Senior Leaving Certificate Examination (including Day School Certificate (Higher) General paper), 1947
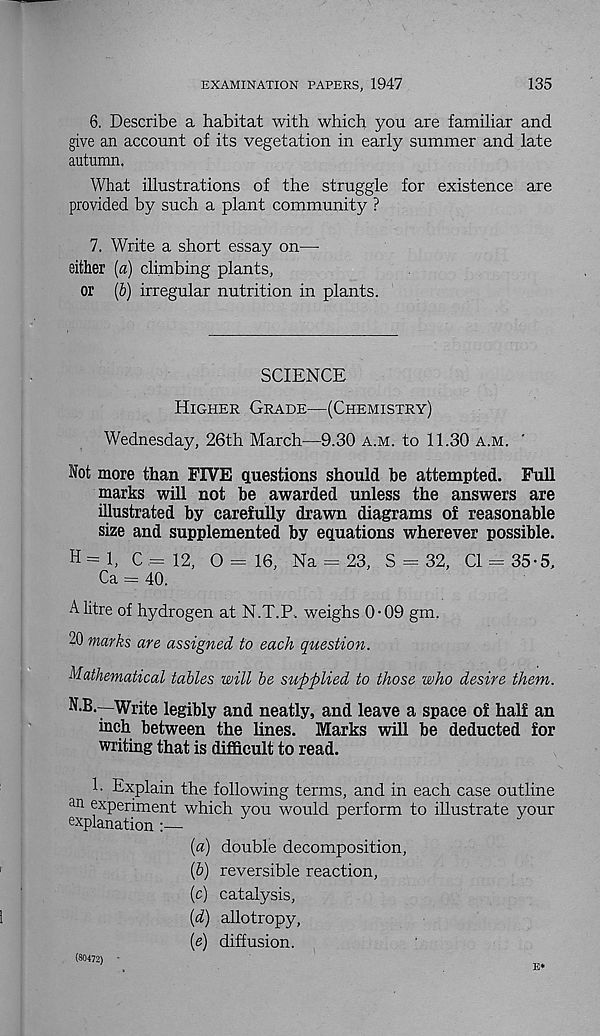
EXAMINATION PAPERS, 1947
135
6. Describe a habitat with which you are familiar and
give an account of its vegetation in early summer and late
autumn.
What illustrations of the struggle for existence are
provided by such a plant community ?
7. Write a short essay on—•
either [a) climbing plants,
or (6) irregular nutrition in plants.
SCIENCE
Higher Grade—(Chemistry)
Wednesday, 26th March—9.30 a.m. to 11.30 a.m. '
Not more than FIVE questions should he attempted. Full
marks will not he awarded unless the answers are
illustrated by carefully drawn diagrams of reasonable
size and supplemented by equations wherever possible.
H = 1, C .= 12, O = 16, Na = 23, S = 32, Cl = 35-5,
Ca = 40.
A litre of hydrogen at N.T.P. weighs 0 • 09 gm.
20 marks are assigned to each question.
Mathematical tables will be supplied to those who desire them.
N.B.—Write legibly and neatly, and leave a space of half an
inch between the lines. Marks will be deducted for
writing that is difficult to read.
1- Explain the following terms, and in each case outline
an experiment which you would perform to illustrate your
explanation
[a) double decomposition,
{b) reversible reaction,
(c) catalysis,
(d) allotropy,
(e) diffusion.
(80472) '